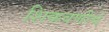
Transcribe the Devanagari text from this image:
शिकवणीचे